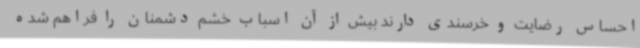
احساس رضایت و خرسندی دارند بیش از آن اسباب خشم دشمنان را فراهم شده